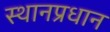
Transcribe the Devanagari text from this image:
स्थानप्रधान